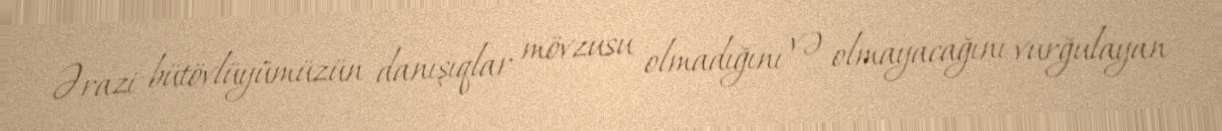
Ərazi bütövlüyümüzün danışıqlar mövzusu olmadığını və olmayacağını vurğulayan